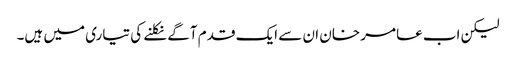
لیکن اب عامر خان ان سے ایک قدم آگے نکلنے کی تیاری میں ہیں۔